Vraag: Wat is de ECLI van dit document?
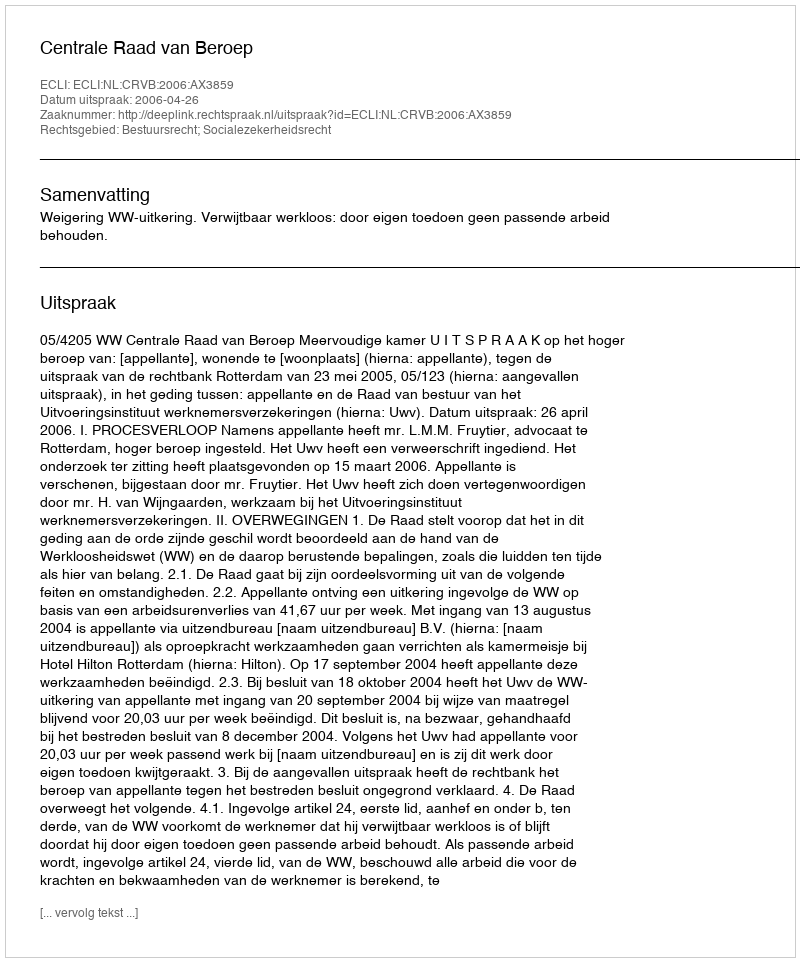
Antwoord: ECLI:NL:CRVB:2006:AX3859